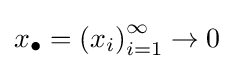
x_{\bullet }=\left(x_{i}\right)_{i=1}^{\infty }\to 0